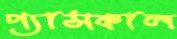
প্যাসকাল